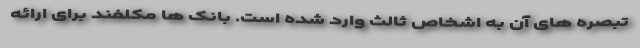
تبصره های آن به اشخاص ثالث وارد شده است. بانک ها مکلفند برای ارائه